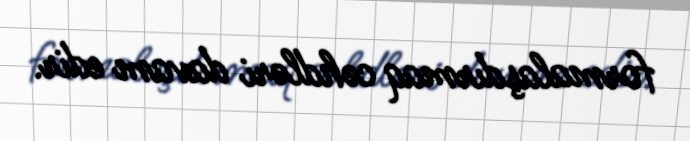
formalaşdırmaq cəhdləri davam edir.